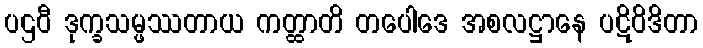
ပဌဝီ ဒုက္ခသမ္ဖဿတာယ ကတ္ထာတိ တပေါဒေ အစလဋ္ဌာနေ ပဋိဝိဒိတာ